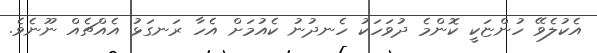
އެކުލެވޭ ހުންޏަކީ ކޮންމެ ދުވަހަކު ހެނދުނު ކެއުމަށް އެހާ ރަނގަޅު އެއްޗެއް ނޫނެވެ.